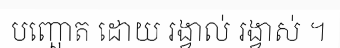
បញ្ឆោត ដោយ រង្វាល់ រង្វាស់ ។